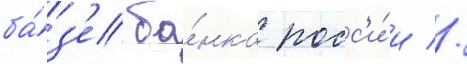
ба́з'е ба́нка росс'и́и //